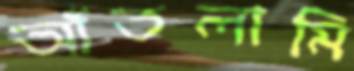
আঁতলামি